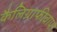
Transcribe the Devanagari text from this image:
कैलिग्राफीवापर